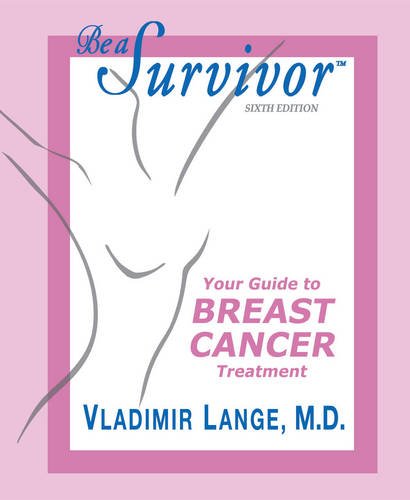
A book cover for Be a Survivor: Your Guide To Breast Cancer Treatment; Vladimir Lange  MD; Health, Fitness & Dieting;